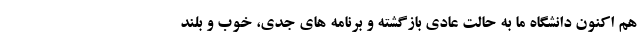
هم اکنون دانشگاه ما به حالت عادی بازگشته و برنامه های جدی، خوب و بلند